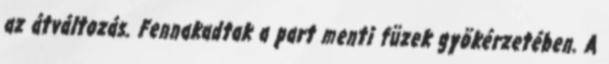
az átváltozás. Fennakadtak a part menti füzek gyökérzetében. A